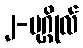
၂-ပုဂ္ဂိုလ်